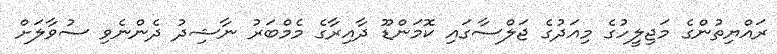
ރައްޔިތުންގެ މަޖިލީހުގެ މިއަދުގެ ޖަލްސާގައި ކޮމަންޑޫ ދާއިރާގެ މެމްބަރު ނާޝިދު ދެންނެވި ސުވާލަށް